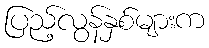
ပြည့်လွန်နှစ်များက